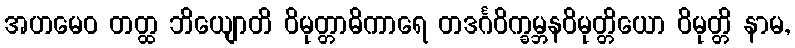
အဟမေဝ တတ္ထ ဘိယျောတိ ဝိမုတ္တာဓိကာရေ တဒင်္ဂဝိက္ခမ္ဘနဝိမုတ္တိယော ဝိမုတ္တိ နာမ,